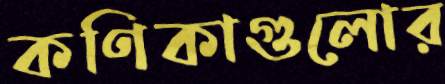
কণিকাগুলোর